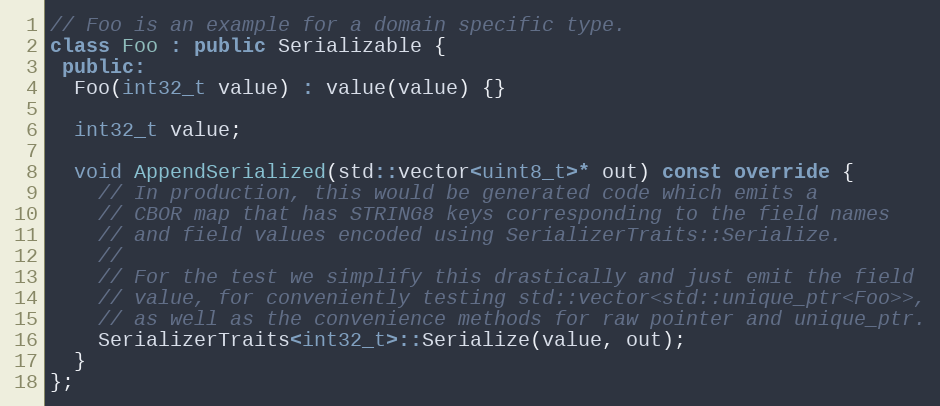
Language: C++
// Foo is an example for a domain specific type.
class Foo : public Serializable {
 public:
  Foo(int32_t value) : value(value) {}

  int32_t value;

  void AppendSerialized(std::vector<uint8_t>* out) const override {
    // In production, this would be generated code which emits a
    // CBOR map that has STRING8 keys corresponding to the field names
    // and field values encoded using SerializerTraits::Serialize.
    //
    // For the test we simplify this drastically and just emit the field
    // value, for conveniently testing std::vector<std::unique_ptr<Foo>>,
    // as well as the convenience methods for raw pointer and unique_ptr.
    SerializerTraits<int32_t>::Serialize(value, out);
  }
};